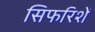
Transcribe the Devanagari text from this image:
सिफरिशें